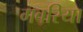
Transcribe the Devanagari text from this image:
गवरिया